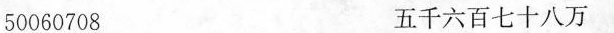
50060708 五千六百七十八万